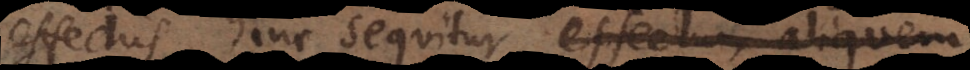
effectus, hinc sequitur effectum aliquem